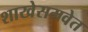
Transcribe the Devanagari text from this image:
शाखेसमवेत